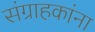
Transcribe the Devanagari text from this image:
संग्राहकांना